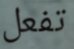
تفعل